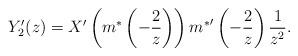
LaTeX: \begin{align*}Y_2'(z)=X'\left(m^{*}\left(-\frac{2}{z}\right)\right){m^{*}}'\left(-\frac{2}{z}\right)\frac{1}{z^2}.\end{align*}